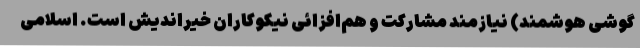
گوشی هوشمند) نیازمند مشارکت و هم‌افزائی نیکوکاران خیراندیش است. اسلامی